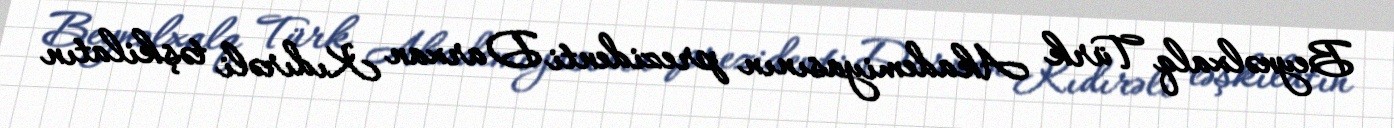
Beynəlxalq Türk Akademiyasının prezidenti Darxan Kıdırəli təşkilatın